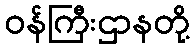
ဝန်ကြီးဌာနတို့